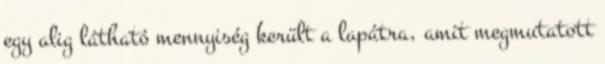
egy alig látható mennyiség került a lapátra, amit megmutatott